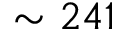
\sim 2 4 1